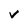
Character: v